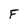
Character: F